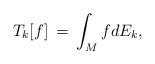
LaTeX: \begin{align*}T_{k}[f]\,=\,\int_{M}fdE_{k},\end{align*}